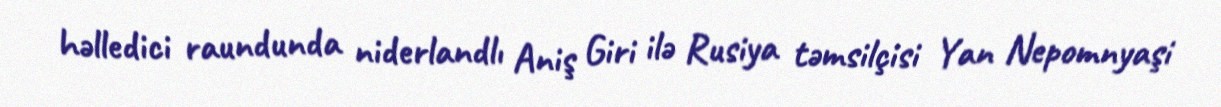
həlledici raundunda niderlandlı Aniş Giri ilə Rusiya təmsilçisi Yan Nepomnyaşi